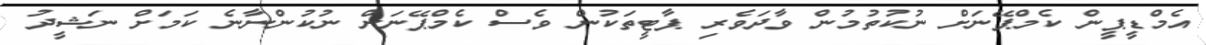
އެމްޑީޕީން ކެމްޕޭނަށް ނުކުތުމުން ވާދަވެރި ޕާޓީތަކުން ވެސް ކެމްޕޭނަށް ނުކުންނާނެ ކަމަށް ނަޝީދު